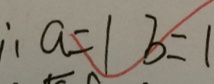
\therefore a = 1 b = 1